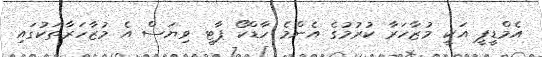
އެމްޑީޕީ އަކީ މުޒާހަރާ ކުރުމުގެ އެންމެ ހާޑްކޯ ޕާޓީ ވިޔަސް އެ މުޒާހަރާތަކުގައި